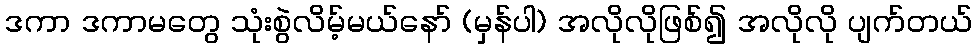
ဒကာ ဒကာမတွေ သုံးစွဲလိမ့်မယ်နော် (မှန်ပါ) အလိုလိုဖြစ်၍ အလိုလို ပျက်တယ်